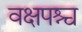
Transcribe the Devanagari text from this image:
वक्षपश्च